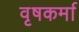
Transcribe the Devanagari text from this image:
वृषकर्मा